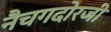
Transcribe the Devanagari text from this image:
नैचगदोरजी